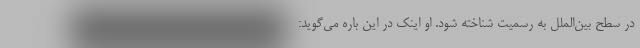
در سطح بین‌الملل به رسمیت شناخته شود. او اینک در این باره می‌گوید: